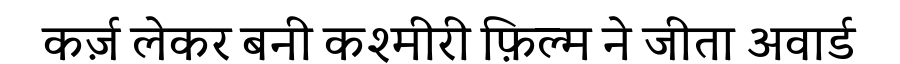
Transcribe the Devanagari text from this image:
कर्ज़ लेकर बनी कश्मीरी फ़िल्म ने जीता अवार्ड